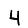
Digit: 4